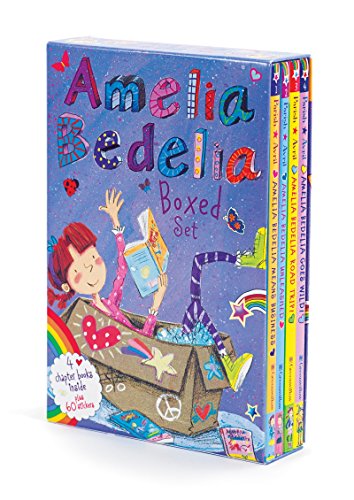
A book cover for Amelia Bedelia Chapter Book Box Set: Books 1-4; Herman Parish; Children's Books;